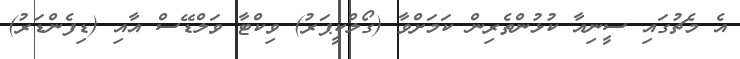
އެ މެޗުގައި ސީނިއާ ކުޅުންތެރިން ކަމަށްވާ (ގޯލްކީޕަރު) ވިކްޓާ ވަލްޑޭސް އާއި (ޑިފެންޑަރު)